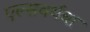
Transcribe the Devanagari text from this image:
एल्सवर्थचा